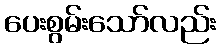
ပေးစွမ်းသော်လည်း